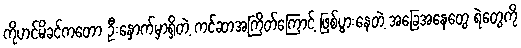
ကိုဟင်မိခင်ကတော ဦးနှောက်မှာရှိတဲ့ ကင်ဆာအကြိတ်ကြောင့် ဖြစ်ပွားနေတဲ့ အခြေအနေတွေ ရဲတွေကို